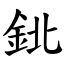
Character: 鉳